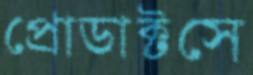
প্রোডাক্টসে